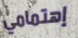
إهتمامي